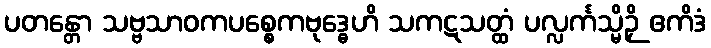
ပတန္တော သဗ္ဗသာဝကပစ္စေကဗုဒ္ဓေဟိ သကဋသတ္ထံ ပလ္လင်္ကသ္မိဉှိ ဧကိဒံ